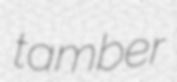
tamber